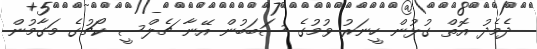
ދެމެދު އޮތް ގުޅުން ހީނަރު ވުމުގެ ސަބަބުން އޭނާ ޗެލްސީ ކޯޗުގެ މަގާމުން